Lunatic asylums Bombay report 1891-1903 - 1891-1903
Year: 1891
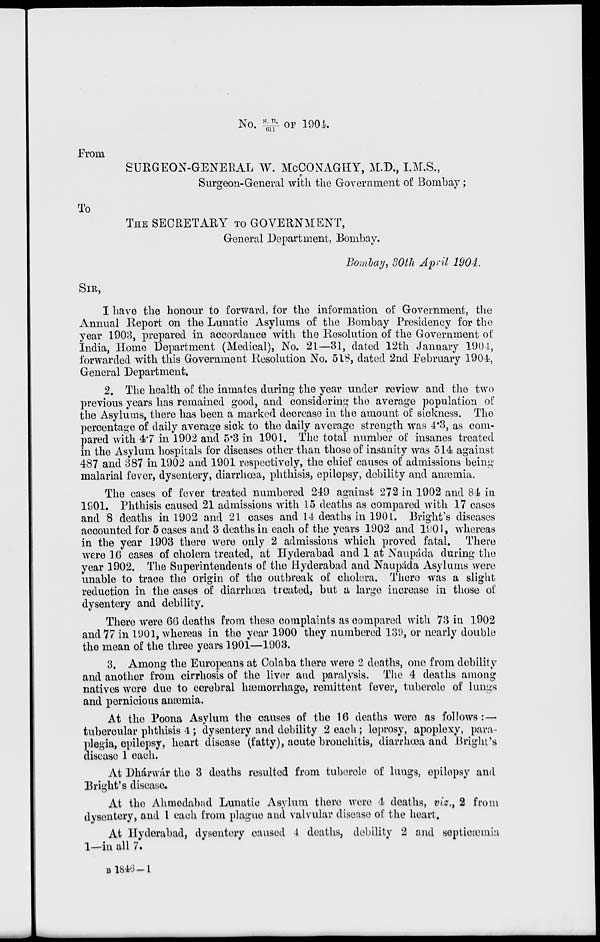
No. S.R./611 OF 1904.
From
SURGEON-GENERAL W. McCONAGHY, M.D., I.M.S.,
Surgeon-General with the Government of Bombay;
To
THE SECRETARY TO GOVERNMENT,
General Department, Bombay.
Bombay, 30th April 1904.
SIR,
I have the honour to forward, for the information of Government, the
Annual Report on the Lunatic Asylums of the Bombay Presidency for the
year 1903, prepared in accordance with the Resolution of the Government of
India, Home Department (Medical), No. 21—31, dated 12th January 1904,
forwarded with this Government Resolution No. 518, dated 2nd February 1904,
General Department.
2. The health of the inmates during the year under review and the two
previous years has remained good, and considering the average population of
the Asylums, there has been a marked decrease in the amount of sickness. The
percentage of daily average sick to the daily average strength was 4.3, as com-
pared with 4.7 in 1902 and 5.3 in 1901. The total number of insanes treated
in the Asylum hospitals for diseases other than those of insanity was 514 against
487 and 387 in 1902 and 1901 respectively, the chief causes of admissions being
malarial fever, dysentery, diarrhœa, phthisis, epilepsy, debility and anæmia.
The cases of fever treated numbered 249 against 272 in 1902 and 84 in
1901. Phthisis caused 21 admissions with 15 deaths as compared with 17 cases
and 8 deaths in 1902 and 21 cases and 14 deaths in 1901. Bright's diseases
accounted for 5 cases and 3 deaths in each of the years 1902 and 1901, whereas
in the year 1903 there were only 2 admissions which proved fatal. There
were 16 cases of cholera treated, at Hyderabad and 1 at Naupáda during the
year 1902. The Superintendents of the Hyderabad and Naupáda Asylums were
unable to trace the origin of the outbreak of cholera. There was a slight
reduction in the cases of diarrhœa treated, but a large increase in those of
dysentery and debility.
There were 66 deaths from these complaints as compared with 73 in 1902
and 77 in 1901, whereas in the year 1900 they numbered 139, or nearly double
the mean of the three years 1901—1903.
3. Among the Europeans at Colaba there were 2 deaths, one from debility
and another from cirrhosis of the liver and paralysis. The 4 deaths among
natives were due to cerebral hæmorrhage, remittent fever, tubercle of lungs
and pernicious anæmia.
At the Poona Asylum the causes of the 16 deaths were as follows:—
tubercular phthisis 4 ; dysentery and debility 2 each; leprosy, apoplexy, para-
plegia, epilepsy, heart disease (fatty), acute bronchitis, diarrhœa and Bright's
disease 1 each.
At Dhárwár the 3 deaths resulted from tubercle of lungs, epilepsy and
Bright's disease.
At the Ahmedabad Lunatic Asylum there were 4 deaths, viz., 2 from
dysentery, and 1 each from plague and valvular disease of the heart.
At Hyderabad, dysentery caused 4 deaths, debility 2 and septicæmia
1—in all 7.
B 1846—1